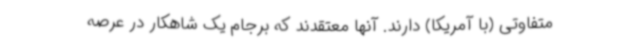
متفاوتی (با آمریکا) دارند. آنها معتقدند که برجام یک شاهکار در عرصه